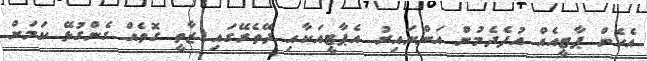
އެހެން ޕާޓީއެއް އުފެދެމުން އަންނައިރު އެޕާޓީއަކާއި ދޭތެރޭގައި ޒާތީ ގޮތެއް ގެންގުޅޭ ކަމަށް